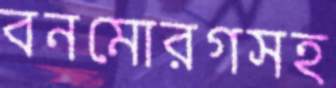
বনমোরগসহ